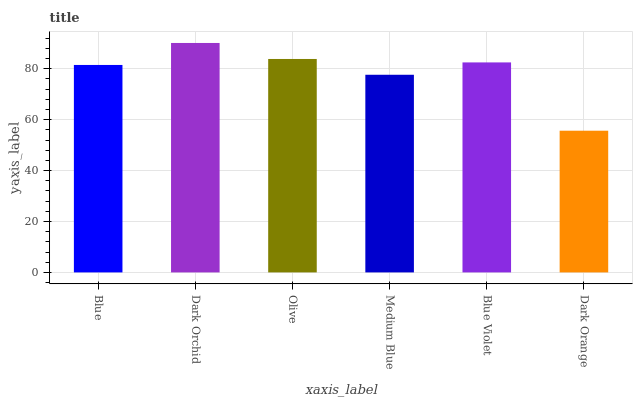
| xaxis_label | bars |
 | --- | --- |
 | Blue | 81.5 |
 | Dark Orchid | 90.1 |
 | Olive | 83.9 |
 | Medium Blue | 77.7 |
 | Blue Violet | 82.5 |
 | Dark Orange | 55.7 |